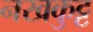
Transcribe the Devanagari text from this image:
नखकुट्ट